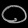
Digit: ၀